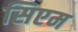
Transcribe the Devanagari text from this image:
सिएम